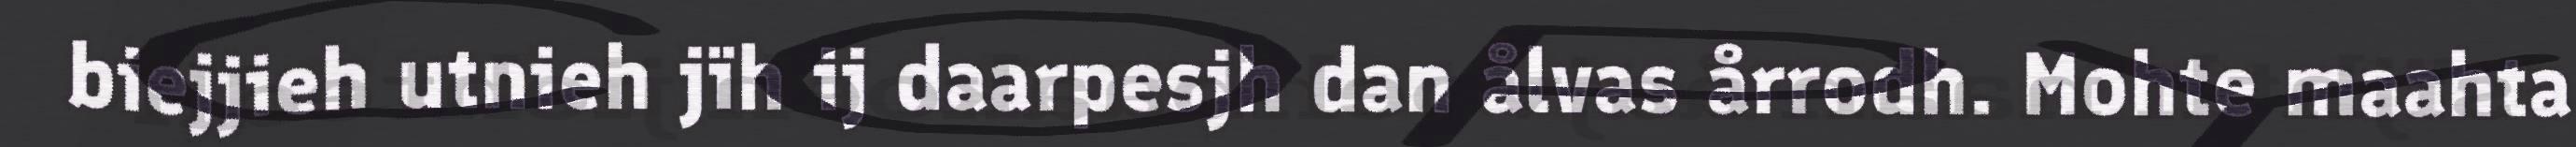
biejjieh utnieh jïh ij daarpesjh dan ålvas årrodh. Mohte maahta